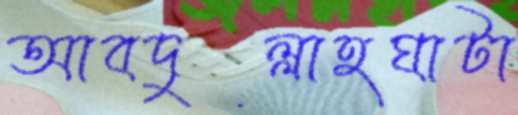
আবদুল্লাহঘাটা